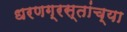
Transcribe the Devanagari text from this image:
धरणग्रस्तांच्या